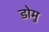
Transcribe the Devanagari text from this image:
डोमु